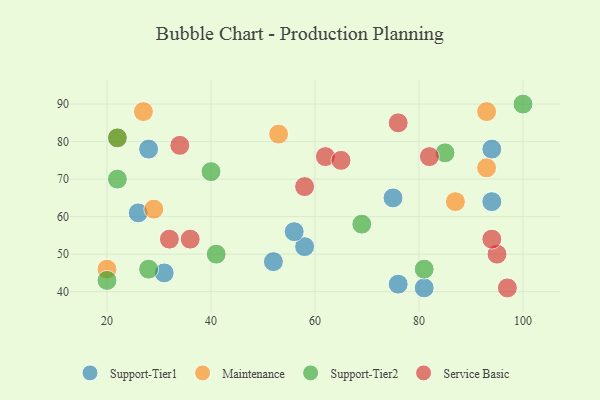
{"axis": {"x": "GDP", "y": "Life Expectancy"}, "legend": ["Maintenance", "Service Basic", "Support-Tier1", "Support-Tier2"], "data": [{"x": "76", "y": 42, "type": "Support-Tier1"}, {"x": "94", "y": 64, "type": "Support-Tier1"}, {"x": "81", "y": 41, "type": "Support-Tier1"}, {"x": "26", "y": 61, "type": "Support-Tier1"}, {"x": "58", "y": 52, "type": "Support-Tier1"}, {"x": "94", "y": 78, "type": "Support-Tier1"}, {"x": "28", "y": 78, "type": "Support-Tier1"}, {"x": "56", "y": 56, "type": "Support-Tier1"}, {"x": "75", "y": 65, "type": "Support-Tier1"}, {"x": "31", "y": 45, "type": "Support-Tier1"}, {"x": "52", "y": 48, "type": "Support-Tier1"}, {"x": "93", "y": 73, "type": "Maintenance"}, {"x": "27", "y": 88, "type": "Maintenance"}, {"x": "93", "y": 88, "type": "Maintenance"}, {"x": "20", "y": 46, "type": "Maintenance"}, {"x": "87", "y": 64, "type": "Maintenance"}, {"x": "29", "y": 62, "type": "Maintenance"}, {"x": "22", "y": 81, "type": "Maintenance"}, {"x": "53", "y": 82, "type": "Maintenance"}, {"x": "20", "y": 43, "type": "Support-Tier2"}, {"x": "28", "y": 46, "type": "Support-Tier2"}, {"x": "69", "y": 58, "type": "Support-Tier2"}, {"x": "41", "y": 50, "type": "Support-Tier2"}, {"x": "22", "y": 70, "type": "Support-Tier2"}, {"x": "100", "y": 90, "type": "Support-Tier2"}, {"x": "85", "y": 77, "type": "Support-Tier2"}, {"x": "22", "y": 81, "type": "Support-Tier2"}, {"x": "81", "y": 46, "type": "Support-Tier2"}, {"x": "40", "y": 72, "type": "Support-Tier2"}, {"x": "95", "y": 50, "type": "Service Basic"}, {"x": "34", "y": 79, "type": "Service Basic"}, {"x": "76", "y": 85, "type": "Service Basic"}, {"x": "94", "y": 54, "type": "Service Basic"}, {"x": "62", "y": 76, "type": "Service Basic"}, {"x": "36", "y": 54, "type": "Service Basic"}, {"x": "97", "y": 41, "type": "Service Basic"}, {"x": "32", "y": 54, "type": "Service Basic"}, {"x": "82", "y": 76, "type": "Service Basic"}, {"x": "65", "y": 75, "type": "Service Basic"}, {"x": "58", "y": 68, "type": "Service Basic"}]}